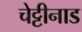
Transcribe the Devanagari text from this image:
चेट्टीनाड